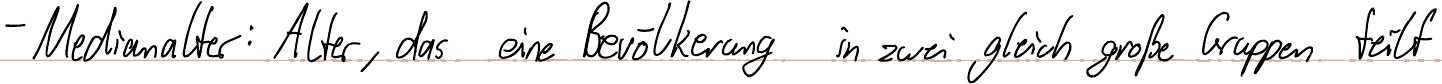
- Medianalter: Alter, das eine Bevölkerung in zwei gleich große Gruppen teilt